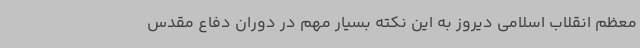
معظم انقلاب اسلامی دیروز به این نکته بسیار مهم در دوران دفاع مقدس